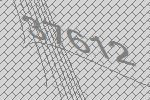
37612